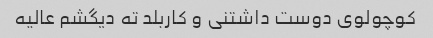
کوچولوی دوست داشتنی و کاربلد ته دیگشم عالیه